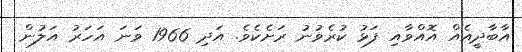
އާބާދީއެއް އޮއްވާއި ފަޅު ކުރެވުނު ރަށެކެވެ. އަދި 1966 ވަނަ އަހަރު އަލުން